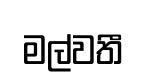
මල්වතී